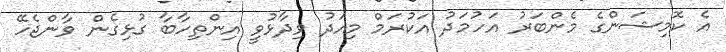
އެ ކޮމިޝަންގެ މެންބަރު އަހުމަދު އަކުރަމް މިއަދު ވިދާޅުވީ އިންތިހާބާ ގުޅިގެން ވާންޖެހޭ